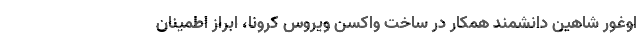
اوغور شاهین دانشمند همکار در ساخت واکسن ویروس کرونا، ابراز اطمینان